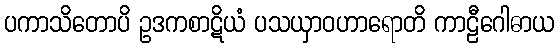
ပကာသိတောပိ ဥဒကစာဋိယံ ပသယှာဝဟာရောတိ ကာဠီဂေါဓာယ